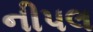
નીપલ